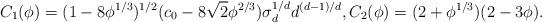
LaTeX: \begin{align*} C_1(\phi)=(1-8\phi^{1/3})^{1/2}(c_0-8\sqrt{2}\phi^{2/3})\sigma_d^{1/d}d^{(d-1)/d},C_2(\phi)=(2+\phi^{1/3})(2-3\phi).\end{align*}